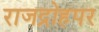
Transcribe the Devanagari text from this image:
राजद्रोहपर